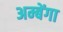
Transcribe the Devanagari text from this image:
अम्बेंगा